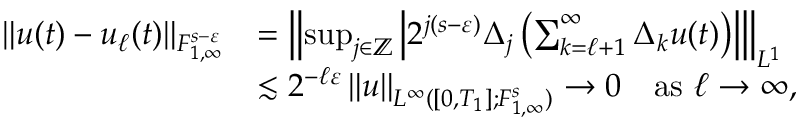
\begin{array} { r l } { \| u ( t ) - u _ { \ell } ( t ) \| _ { { F } _ { 1 , \infty } ^ { s - \varepsilon } } } & { = \left\| \operatorname* { s u p } _ { j \in \mathbb { Z } } \left| 2 ^ { j ( s - \varepsilon ) } \Delta _ { j } \left( \sum _ { k = \ell + 1 } ^ { \infty } \Delta _ { k } u ( t ) \right) \right| \right\| _ { { L } ^ { 1 } } } \\ & { \lesssim 2 ^ { - \ell \varepsilon } \left\| u \right\| _ { L ^ { \infty } ( [ 0 , T _ { 1 } ] ; F _ { 1 , \infty } ^ { s } ) } \to 0 \quad \mathrm { a s ~ } \ell \to \infty , } \end{array}